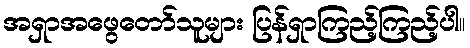
အရှာအဖွေတော်သူများ ပြန်ရှာကြည့်ကြည့်ပါ။